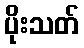
ပိုးသတ်